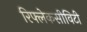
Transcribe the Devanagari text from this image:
रिफ्लेकसीविटी